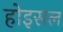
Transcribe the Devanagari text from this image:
होइसल